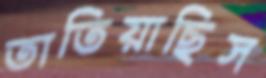
তাতিয়াছিস